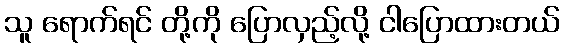
သူ ရောက်ရင် တို့ကို ပြောလှည့်လို့ ငါပြောထားတယ်